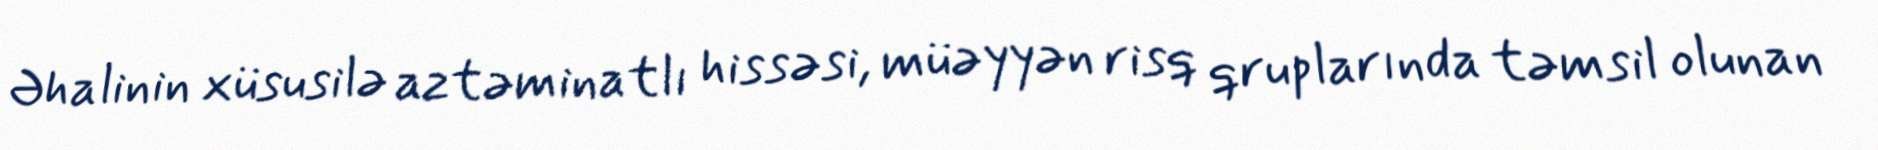
Əhalinin xüsusilə aztəminatlı hissəsi, müəyyən risq qruplarında təmsil olunan